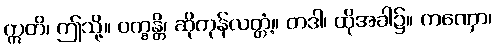
ဣတိ၊ ဤသို့။ ဝက္ခန္တိ၊ ဆိုကုန်လတ္တံ့။ တဒါ၊ ထိုအခါ၌။ ကဏှော၊